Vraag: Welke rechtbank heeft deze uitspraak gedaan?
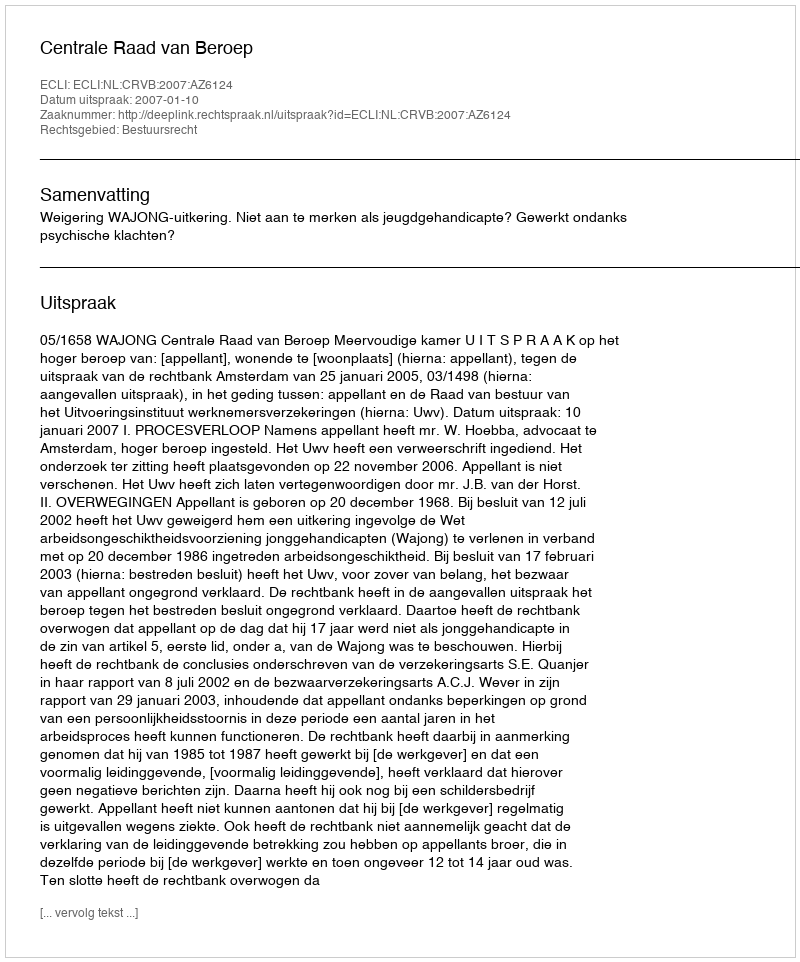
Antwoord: Centrale Raad van Beroep